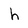
Character: h